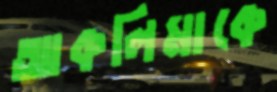
আকলিমাকে